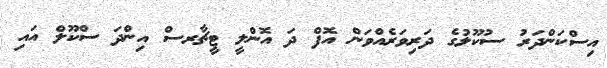
އިސްކަންދަރު ސުކޫލުގެ ދަރިވަރެއްވަން އޮފް ދަ އޮންލީ ޓީޗާރސް އިންދަ ސްކޫލް އައި